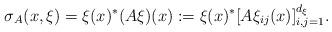
LaTeX: \begin{align*}\sigma_A(x,\xi)=\xi(x)^{*}(A\xi)(x):=\xi(x)^{*}[A\xi_{ij}(x)]_{i,j=1}^{d_\xi}.\end{align*}